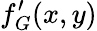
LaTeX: f_{G}^{\prime}(x,y)